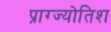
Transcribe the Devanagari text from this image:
प्राग्ज्योतिश